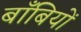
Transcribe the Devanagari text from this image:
बाँबियों